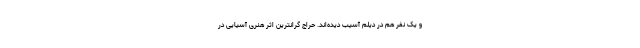
و یک نفر هم در دیلم آسیب دیده‌اند. حراج گرانترین اثر هنری آسیایی در